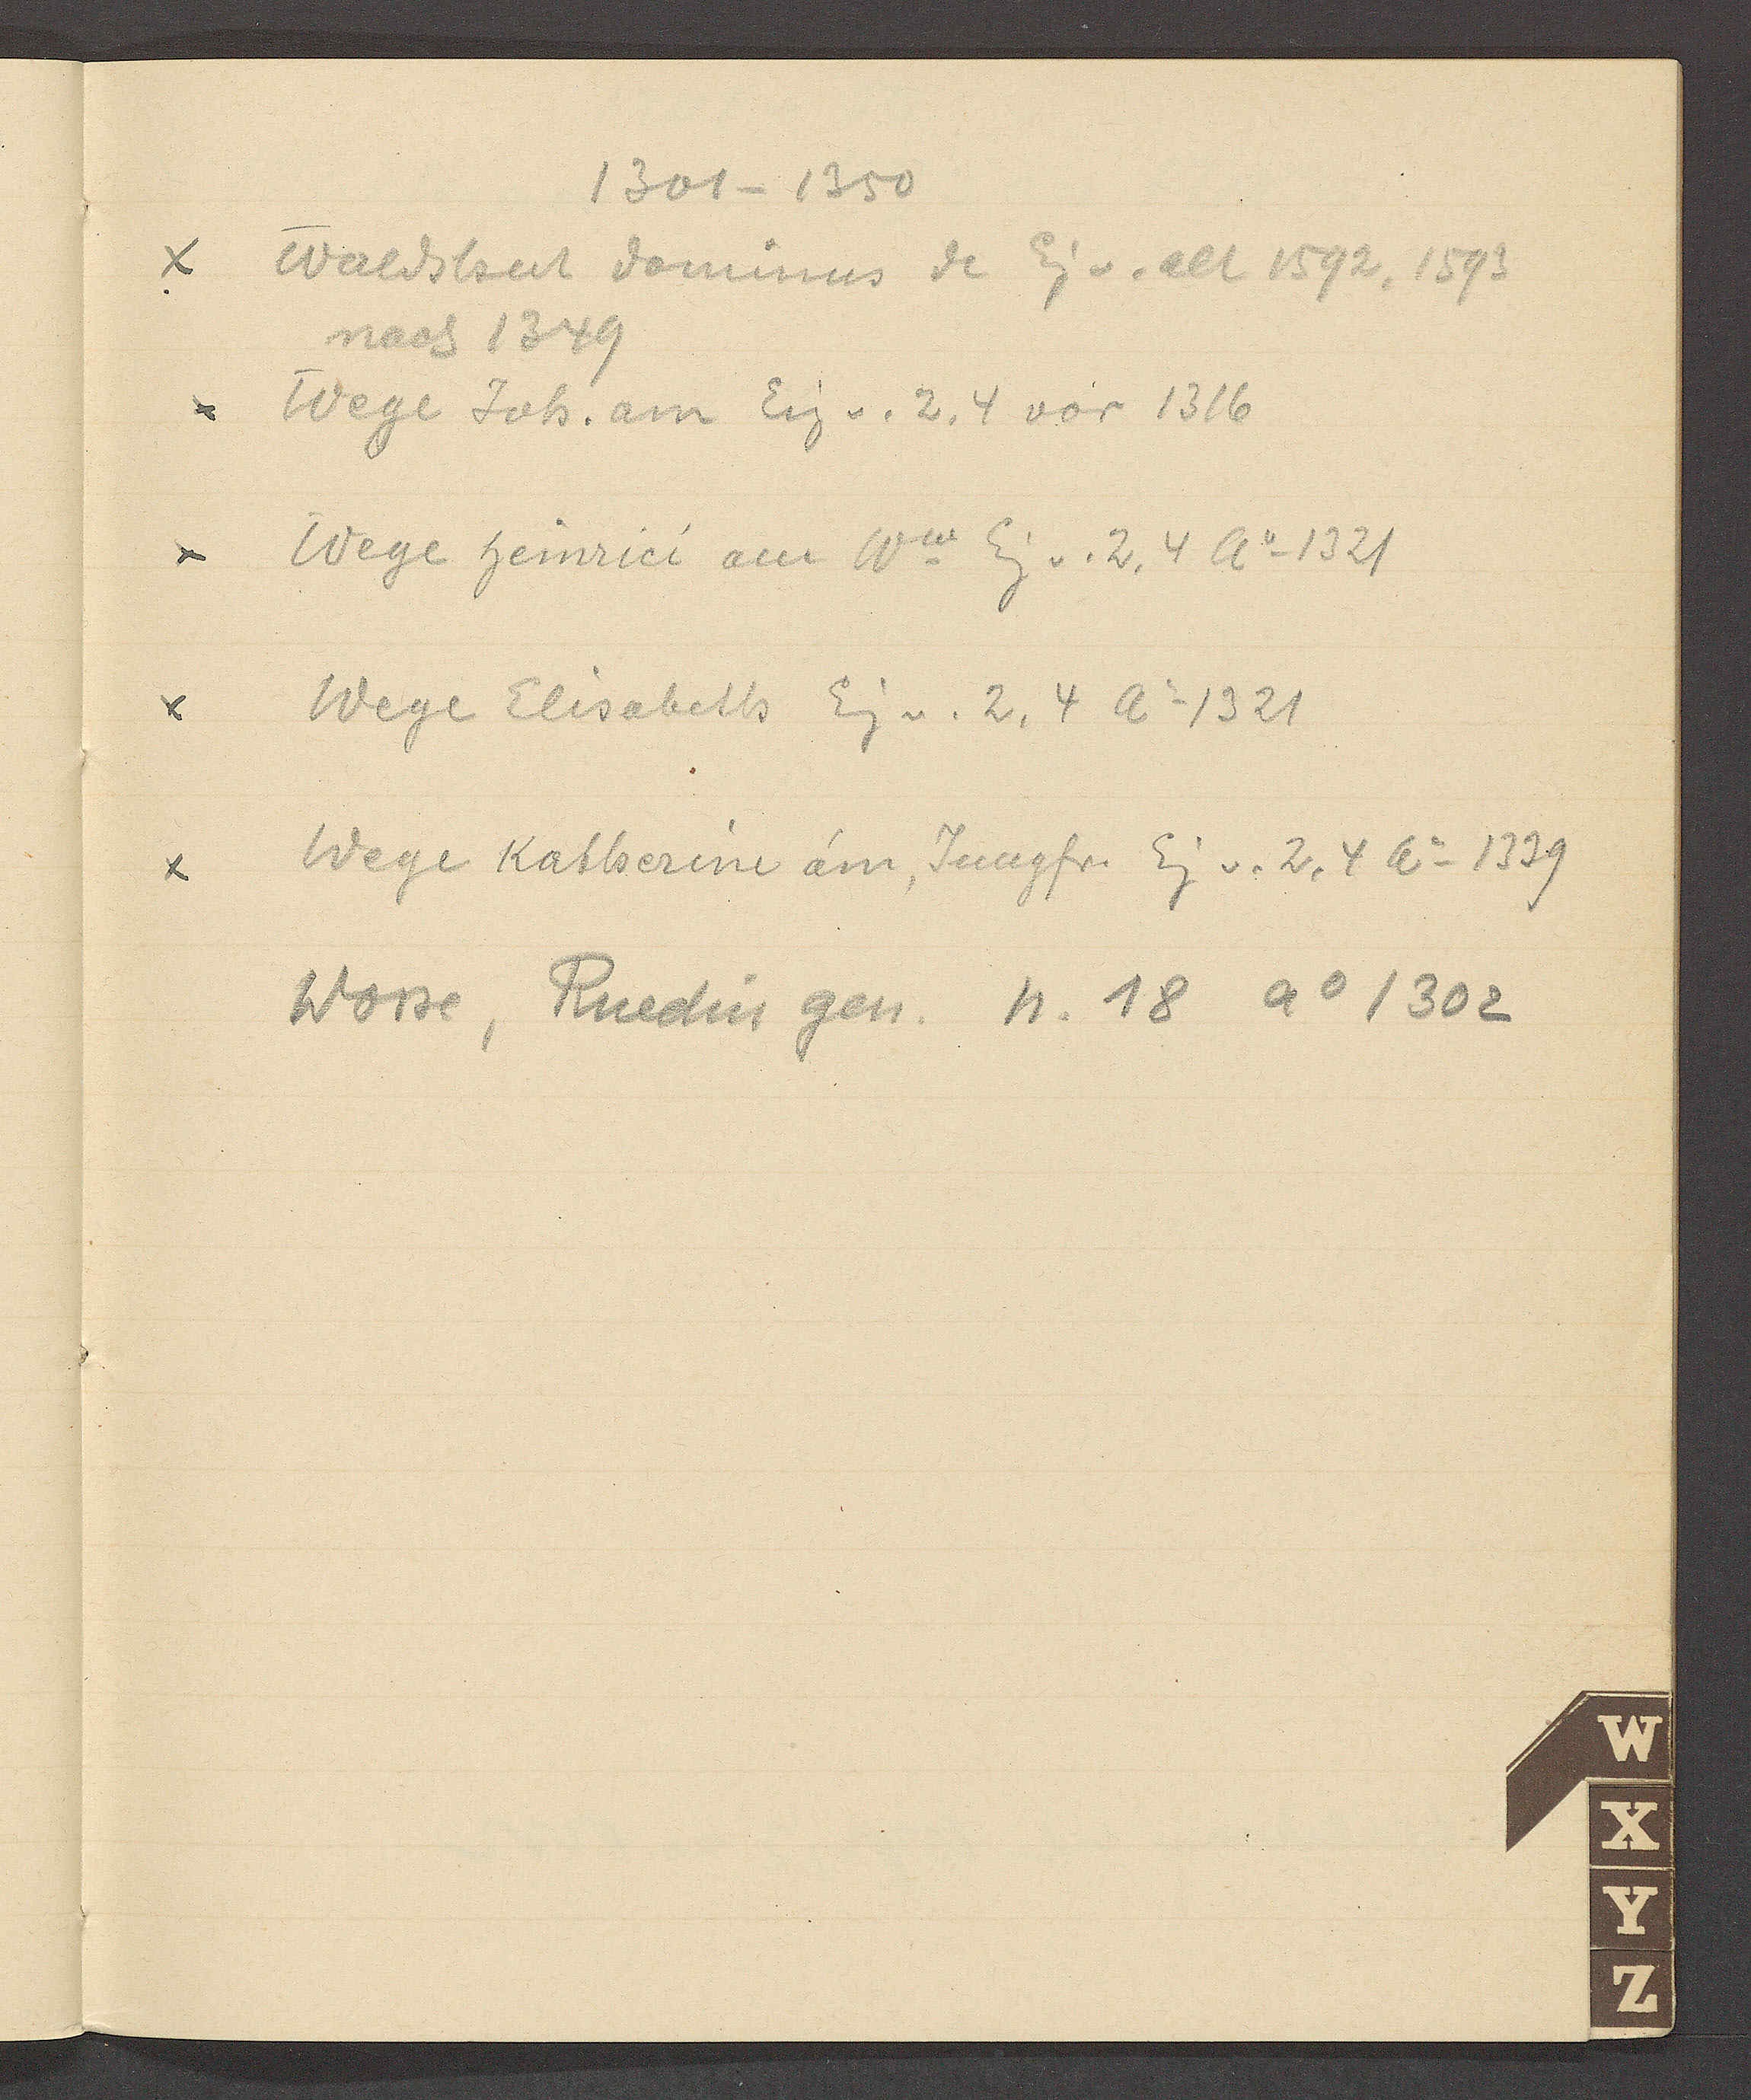
Transcript:
1301 – 1350
Waldshut dominus de Eig v. alt 1592, 1593
nach 1349
Wege Joh. am Eig v. 2, 4 vor 1316
Wege Heinrici am Ww Eig v. 2, 4 Ao 1321
Wege Elisabeth Eig v. 2, 4 Ao 1321
Wege Katherine am, Jungfr. Eig v. 2, 4 Ao 1339
Wosse, Ruedin gen. N. 18 Ao 1302